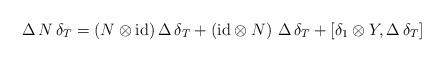
LaTeX: \begin{align*}\Delta \, N \, \delta_T = (N \otimes {\rm id}) \, \Delta \, \delta_T + ({\rm id} \otimes N) \,\, \Delta \, \delta_T + [\delta_1 \otimes Y , \Delta \, \delta_T] \end{align*}